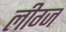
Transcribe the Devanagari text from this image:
लीग्ज